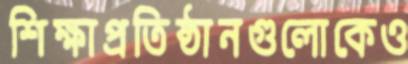
শিক্ষাপ্রতিষ্ঠানগুলোকেও